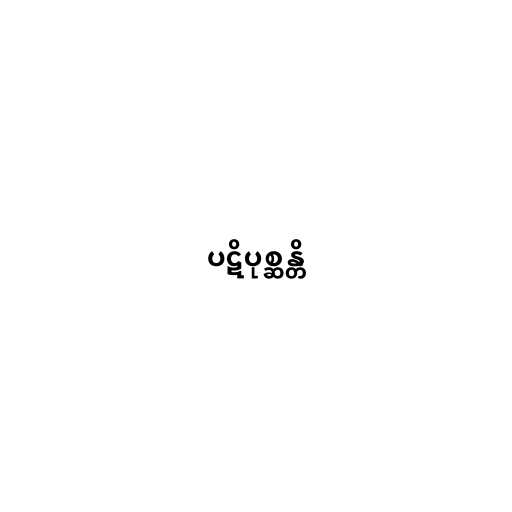
ပဋိပုစ္ဆန္တိ